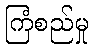
ကြံစည်မှု